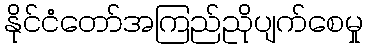
နိုင်ငံတော်အကြည်ညိုပျက်စေမှု